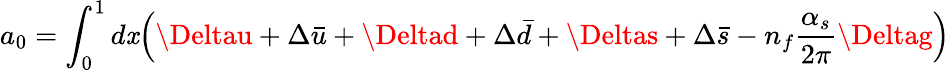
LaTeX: a_{0}=\int_{0}^{1}d\mathit{x}\Big(\Deltau+\Delta\bar{{u}}+\Deltad+\Delta\bar{{d}}+\Deltas+\Delta\bar{{s}}-n_{f}\frac{{\alpha_{s}}}{{2\pi}}\Deltag\Big)